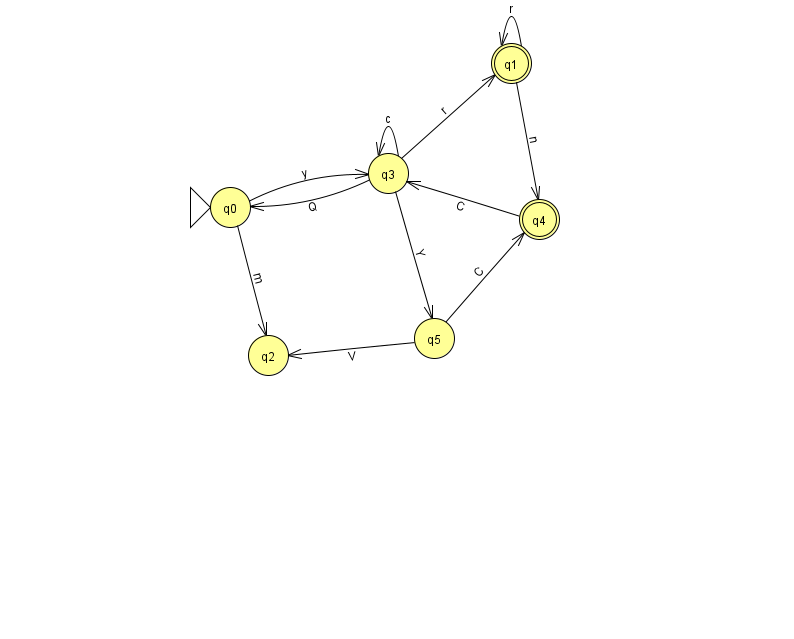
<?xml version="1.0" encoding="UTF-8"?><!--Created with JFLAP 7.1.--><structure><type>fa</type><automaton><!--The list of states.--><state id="0" name="q0"><x>230.0</x><y>194.0</y><initial/></state><state id="1" name="q1"><x>511.0</x><y>50.0</y><final/></state><state id="2" name="q2"><x>268.0</x><y>342.0</y></state><state id="3" name="q3"><x>388.0</x><y>160.0</y></state><state id="4" name="q4"><x>539.0</x><y>206.0</y><final/></state><state id="5" name="q5"><x>434.0</x><y>325.0</y></state><!--The list of transitions.--><transition><from>3</from><to>1</to><read>r</read></transition><transition><from>3</from><to>5</to><read>Y</read></transition><transition><from>1</from><to>1</to><read>r</read></transition><transition><from>5</from><to>2</to><read>V</read></transition><transition><from>3</from><to>3</to><read>c</read></transition><transition><from>4</from><to>3</to><read>C</read></transition><transition><from>0</from><to>2</to><read>m</read></transition><transition><from>3</from><to>0</to><read>Q</read></transition><transition><from>1</from><to>4</to><read>n</read></transition><transition><from>5</from><to>4</to><read>C</read></transition><transition><from>0</from><to>3</to><read>y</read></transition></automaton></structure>